Lunatic asylums in Bengal annual reports 1888-1898 - 1888-1898
Year: 1888
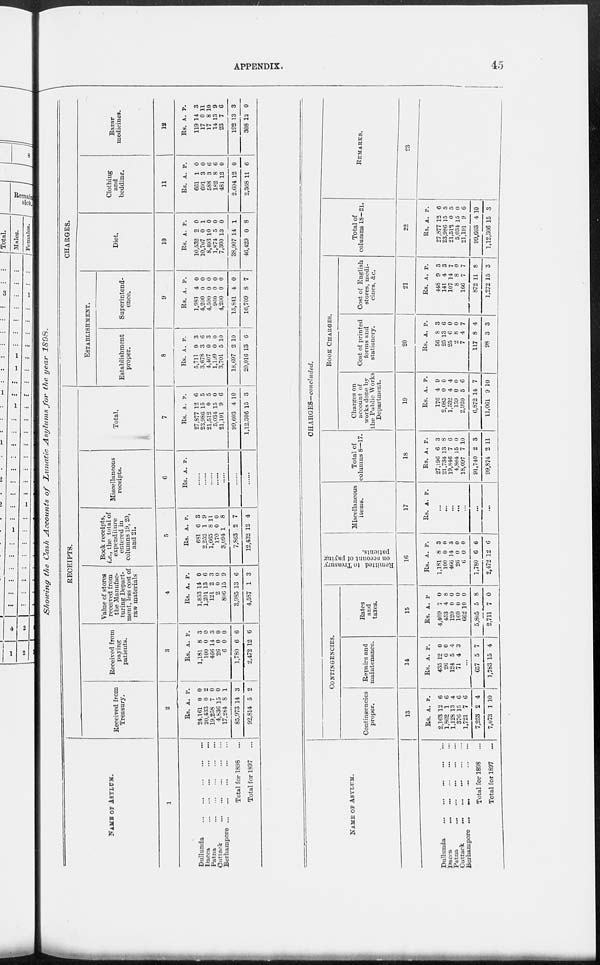
APPENDIX 45
Showing the Cash Accounts of Lunatic Asylums for the year
1898.
NAME OF ASYLUM.
1
Dullunda ... ... ... ... ...
Dacca ... ... ... ... ...
Patna ... ... ... ... ...
Cuttack
... ... ... ... ...
Berhampore ... ... ... ... ...
Total for 1898 ...
Total for 1897 ...
RECEIPTS.
Received from
Treasury.
2
Rs.
24,161
20,433
19,258
4,836
17,284
85,973
92,814
A.
0
0
7
15
8
14
5
P.
0
2
0
0
1
3
2
Received from
paying
patients.
3
Rs.
1,181
100
466
26
6
1,780
2,472
A.
8
0
14
0
0
6
12
P.
3
0
3
0
0
6
6
Value of stores
received from
the Manufac-
turing Depart-
ment, less cost of
raw materials.
4
Rs.
1,853
1,201
121
2
806
3,985
4,587
A.
14
13
2
0
15
13
1
P.
0
6
3
0
9
6
3
Book receipts,
i.e., the total of
expenditure
entered in
columns 19, 20,
and 21.
5
Rs.
681
2,252
1,665
170
3,094
7,863
12,432
A.
6
1
8
0
1
2
12
P.
3
9
11
0
8
7
4
Miscellaneous
receipts.
6
Rs. A. P.
......
......
......
......
......
......
......
Total.
7
Rs.
27,877
23,986
21,512
5,034
21,191
99,603
1,12,306
A.
12
15
0
15
9
4
15
P.
6
5
5
0
6
10
3
CHARGES.
ESTABLISHMENT.
Establishment
proper.
8
Rs.
5,711
3,678
4,407
1,199
3,701
18,697
20,016
A.
9
3
0
0
5
2
13
P.
3
6
3
0
10
10
6
Superintend-
ence.
9
Rs.
1,981
4,200
4,500
960
4,200
15,841
16,709
A.
4
0
0
0
0
4
8
P.
0
0
0
0
0
0
7
Diet.
10
Rs.
10,532
10,707
8,493
1,874
7,300
38,907
46,429
A.
2
0
10
5
13
14
0
P.
0
1
0
0
0
1
8
Clothing
and
bedding.
11
Rs.
661
691
588
182
481
2,604
2,368
A.
1
3
3
8
12
12
11
P.
0
0
6
6
0
0
6
Bazar
medicines.
12
Rs.
119
17
17
14
23
192
308
A.
14
0
8
13
7
13
12
P.
3
11
10
9
6
3
0
NAME OF ASYLUM.
Dullunda ... ... ... ... ...
Dacca ... ... ... ... ...
Patna
...
...
...
...
...
Cuttack ... ... ... ... ...
Berhampore ... ... ... ... ...
Total for 1898 ...
Total for 1897 ...
CHARGES—concluded.
CONTINGENCIES.
Contingencies
proper.
13
Rs.
2,163
1,862
1,128
376
1,721
7,253
7,073
A.
12
1
13
15
7
2
1
P.
6
6
4
6
6
4
10
Repairs and
maintenance.
14
Rs.
435
26
124
71
A.
12
0
5
4
P.
0
0
4
3
...
657
1,783
5
15
7
4
Rates
and
taxes.
15
Rs.
4,409
453
120
160
662
5,805
2,711
A.
7
4
0
0
10
5
7
P.
0
8
0
0
0
8
0
Remitted to Treasury
on account of paying
patients.
16
Rs.
1,181
100
466
26
6
1,780
2,472
A.
8
0
14
0
0
6
12
P.
3
0
3
0
0
6
6
Miscellaneous
items.
17
Rs. A. P.
...
...
...
...
...
...
...
Total of
columns 8—17.
18
Rs.
27,196
21,734
19,846
4,864
18,097
91,740
99,874
A.
6
13
7
15
7
2
2
P.
3
8
6
0
10
3
11
BOOK CHARGES.
Charges on
account of
works done by
the Public Works
Department.
19
Rs.
176
2,085
1,532
159
2,920
6,872
11,061
A.
4
0
4
0
5
14
9
P.
9
0
4
0
6
7
10
Cost of printed
forms and
stationery.
20
Rs.
56
25
25
2
7
117
98
A.
8
13
6
8
4
8
3
P.
3
6
0
0
7
4
3
Cost of English
stores, medi-
cines, &c.
21
Rs.
448
141
107
8
166
872
1,272
A.
9
4
14
8
7
11
15
P.
3
3
7
0
7
8
3
Total of
columns 18—21.
22
Rs.
27,877
23,986
21,513
5,034
21,191
99,603
1,12,306
A.
12
l5
0
15
9
4
15
P.
6
5
5
6
6
10
3
REMARKS.
23